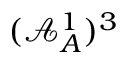
( \mathcal { A } _ { A } ^ { 1 } ) ^ { 3 }